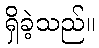
ရှိခဲ့သည်။